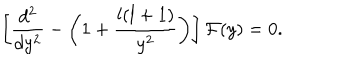
\left[ { \frac { d ^ { 2 } } { d y ^ { 2 } } } - \left( 1 + { \frac { l ( l + 1 ) } { y ^ { 2 } } } \right) \right] { \cal F } ( y ) = 0 .